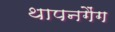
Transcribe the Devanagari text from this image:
थापनगैंग